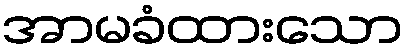
အာမခံထားသော